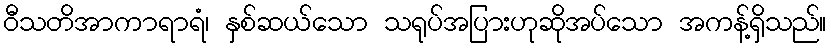
ဝီသတိအာကာရာရံ၊ နှစ်ဆယ်သော သရုပ်အပြားဟုဆိုအပ်သော အကန့်ရှိသည်။